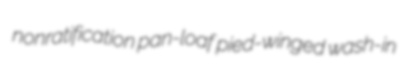
nonratification pan-loaf pied-winged wash-in